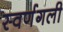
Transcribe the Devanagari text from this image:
स्वर्णगली